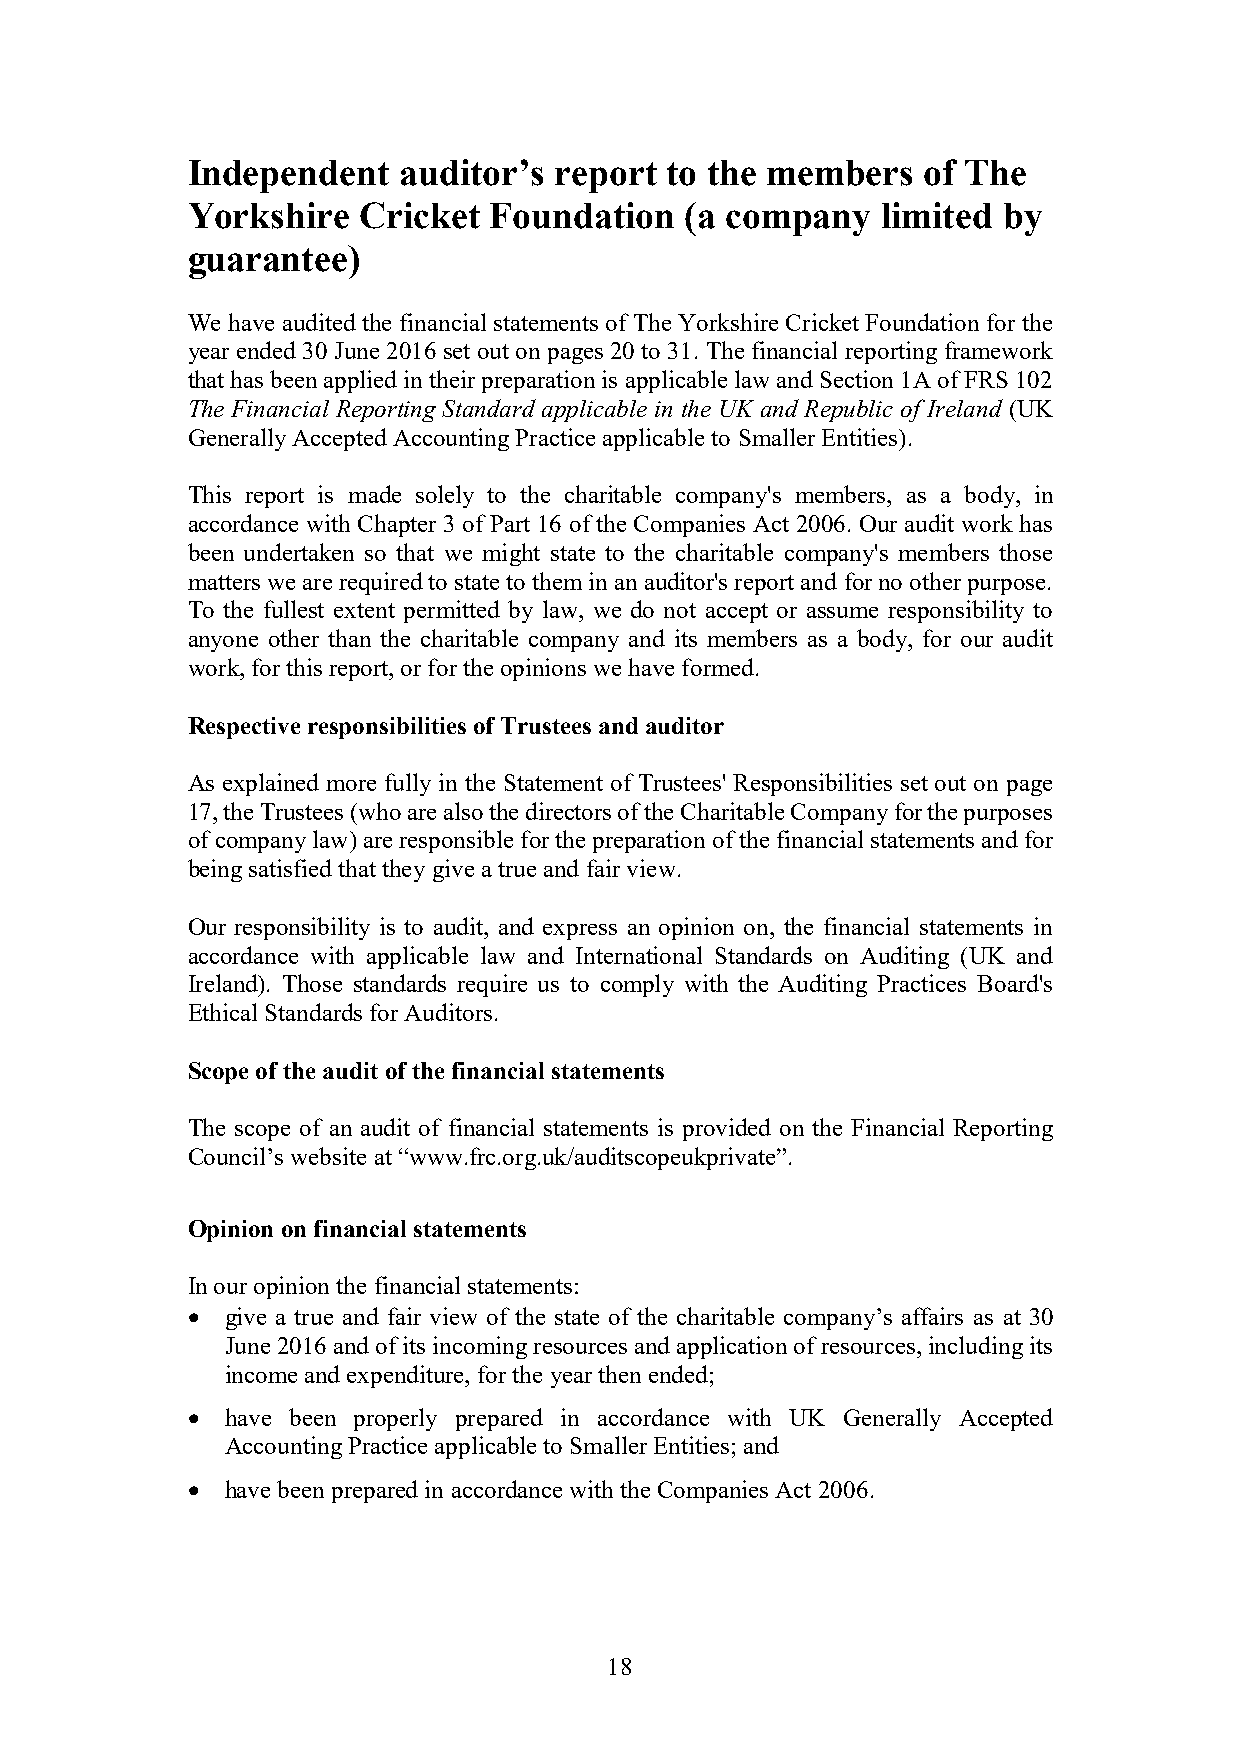
Independent   auditor’s  report to the members   of The
 Yorkshire   Cricket Foundation   (a company   limited by
 guarantee)
 We have audited the financial statements of The Yorkshire Cricket Foundation for the
 year ended 30 June 2016 set out on pages 20 to 31. The financial reporting framework
 that has been applied in their preparation is applicable law and Section 1A of FRS 102
 The Financial Reporting Standard applicable in the UK and Republic of Ireland (UK
 Generally Accepted Accounting Practice applicable to Smaller Entities).
 This report is made solely to the charitable company's members, as a body, in
 accordance with Chapter 3 of Part 16 of the Companies Act 2006. Our audit work has
 been undertaken so that we might state to the charitable company's members those
 matters we are required to state to them in an auditor's report and for no other purpose.
 To the fullest extent permitted by law, we do not accept or assume responsibility to
 anyone other than the charitable company and its members as a body, for our audit
 work, for this report, or for the opinions we have formed.
 Respective responsibilities of Trustees and auditor
 As explained more fully in the Statement of Trustees' Responsibilities set out on page
 17, the Trustees (who are also the directors of the Charitable Company for the purposes
 of company law) are responsible for the preparation of the financial statements and for
 being satisfied that they give a true and fair view.
 Our responsibility is to audit, and express an opinion on, the financial statements in
 accordance with applicable law and International Standards on Auditing (UK and
 Ireland). Those standards require us to comply with the Auditing Practices Board's
 Ethical Standards for Auditors.
 Scope of the audit of the financial statements
 The scope of an audit of financial statements is provided on the Financial Reporting
 Council’s website at “www.frc.org.uk/auditscopeukprivate”.
 Opinion on financial statements
 In our opinion the financial statements:
   give a true and fair view of the state of the charitable company’s affairs as at 30
 June 2016 and of its incoming resources and application of resources, including its
 income and expenditure, for the year then ended;
   have been properly prepared in accordance with UK Generally Accepted
 Accounting Practice applicable to Smaller Entities; and
   have been prepared in accordance with the Companies Act 2006.
 18